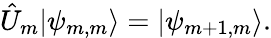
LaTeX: \hat{U}_{m}|\psi_{m,m}\rangle=|\psi_{m+1,m}\rangle.